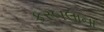
કરબલાના